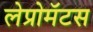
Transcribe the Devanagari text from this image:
लेप्रोमॅटस